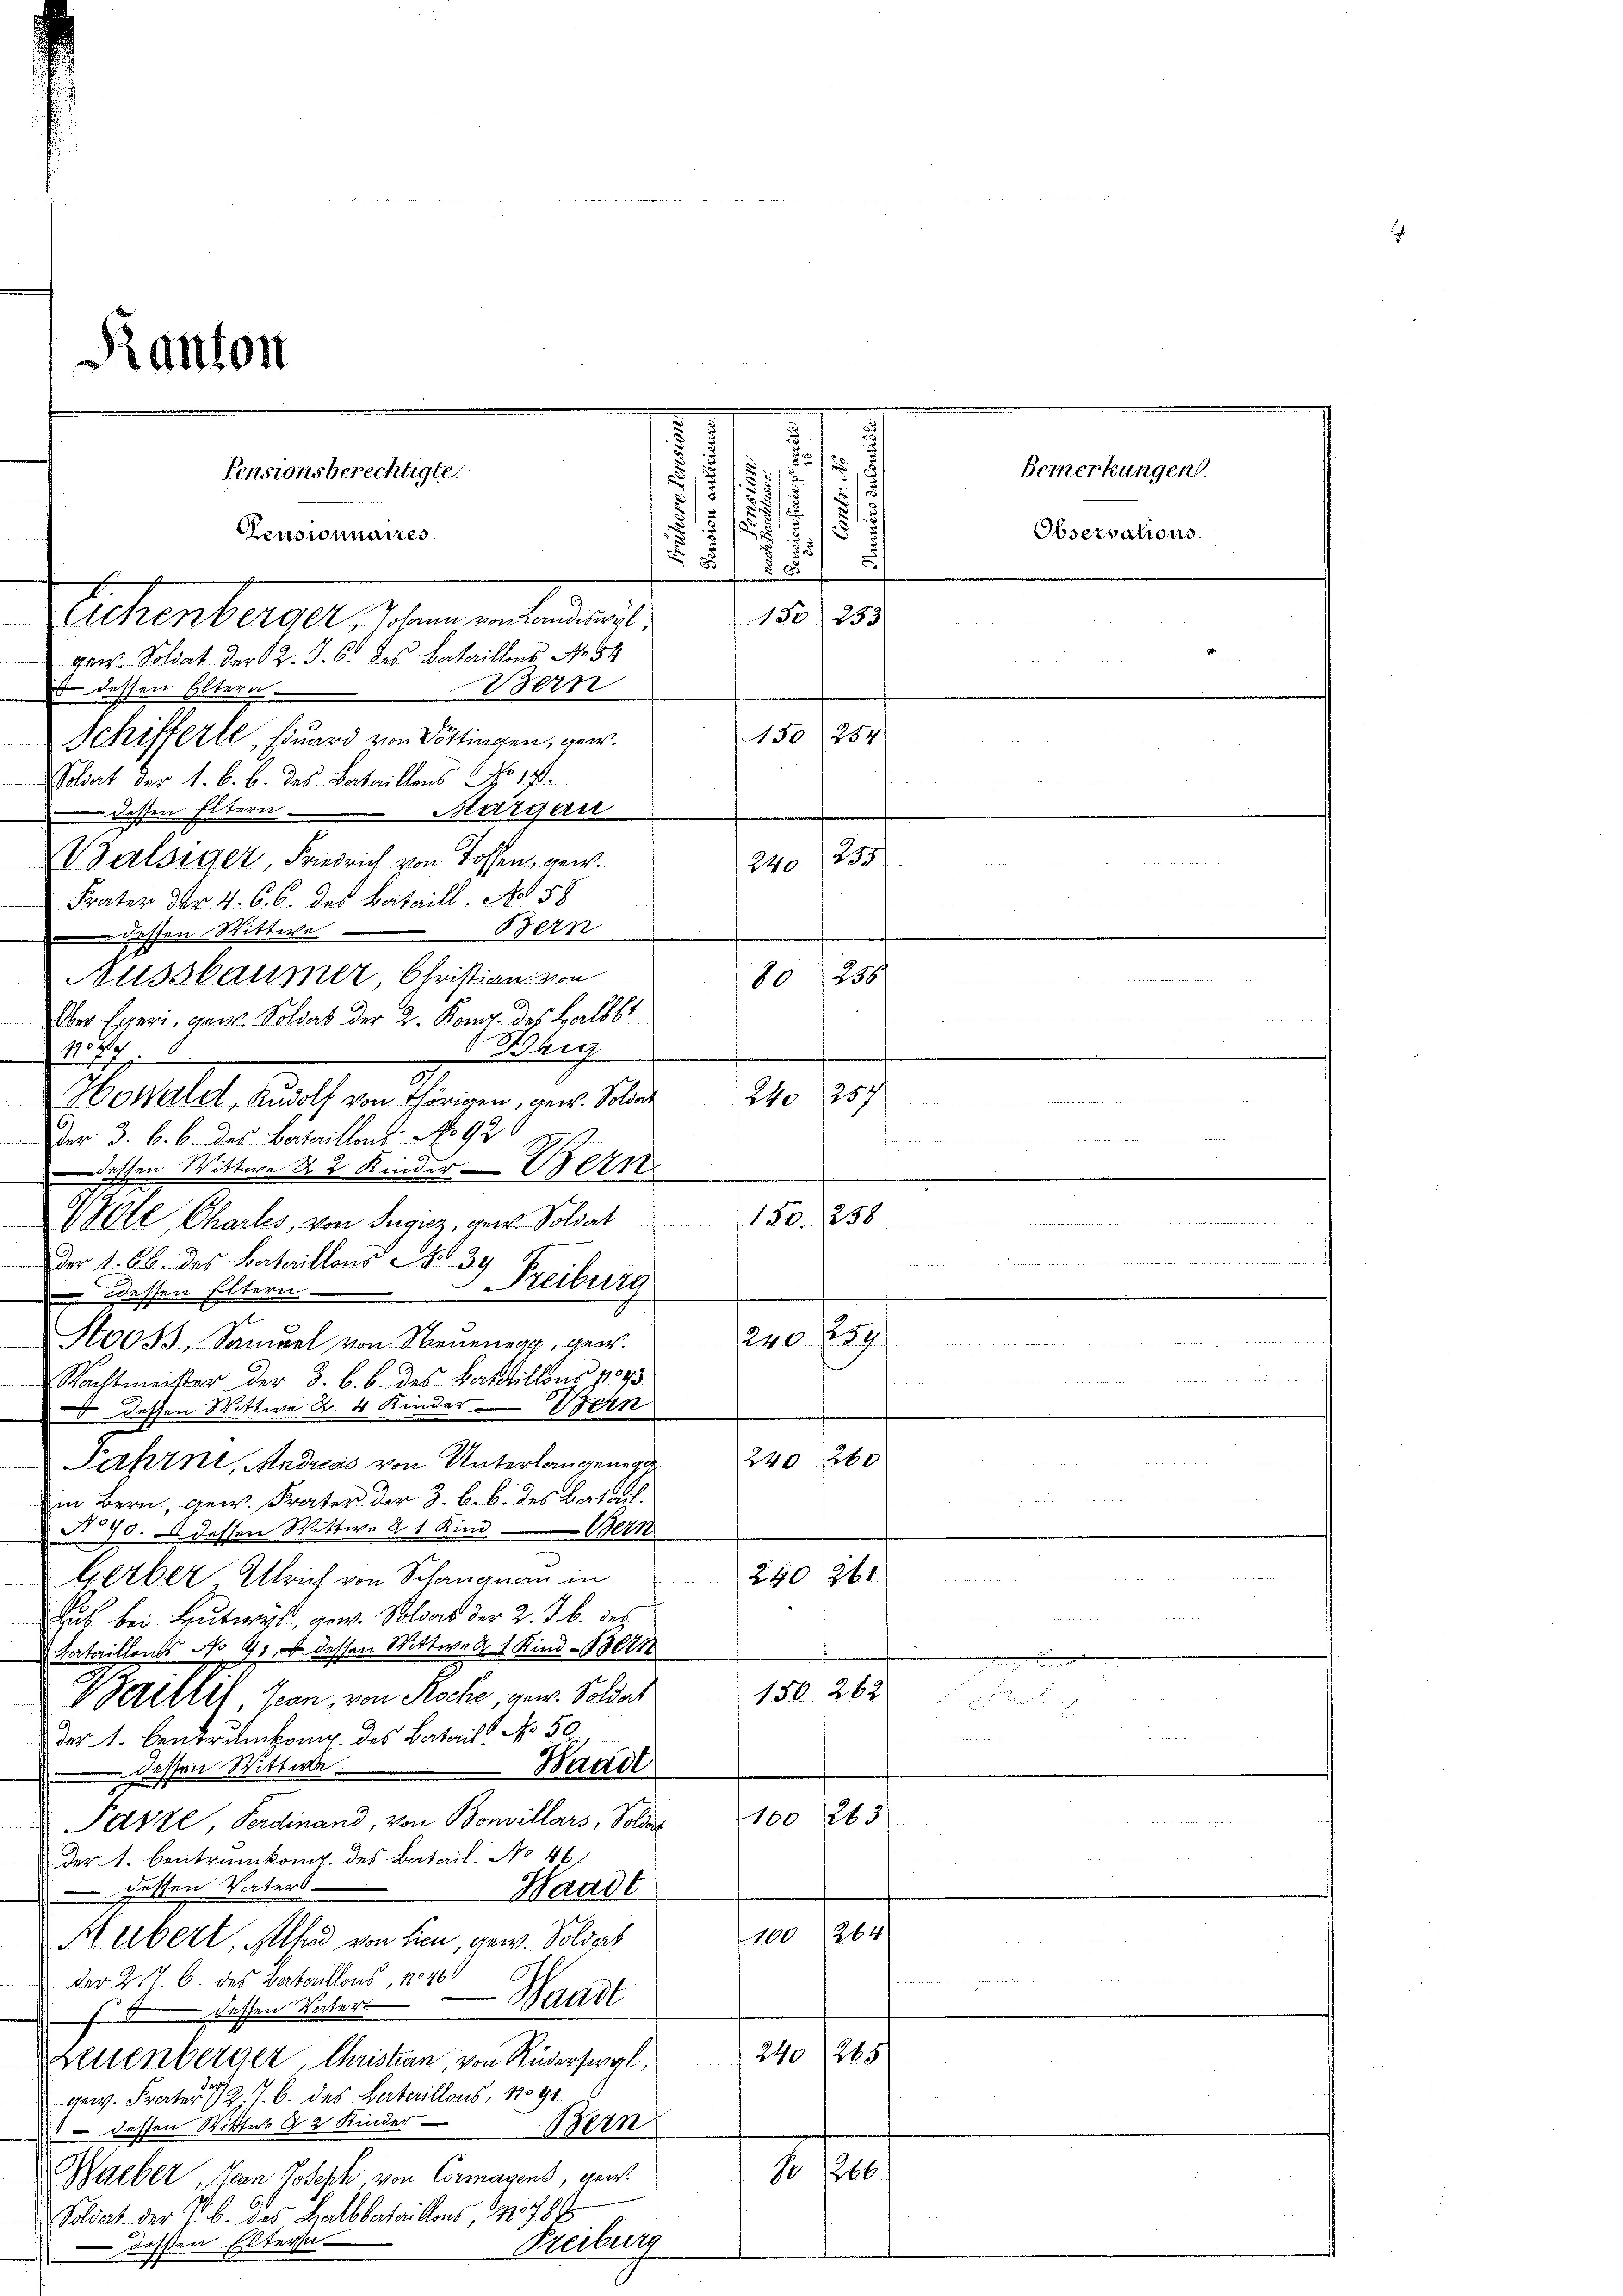
Der 3. b. b. des Bataillons No 92.
detten Wittwe 2 Kindere
WOle Chartes, von Seiz gew. Soldat 150. 258

Der 1. lb. des Bataillons No. 39
Freiburg
ddessen Eltern

Stooss, Samuel von Neuenegg, gew. 240
Nachtmeister der 3. b. b. des Bastillons No 93
 dessen Wittwe R. 4 Kinder Vern
240, 260.
N 228
Fahrni, Andreas von Unterlangenende

m. Bern, gew. Frater der 3. b. b. des Batail¬
No 90. 2 dessen Wittwe 21. Kindern
240 261
Gerber Ulrich von Schauenau in
u
us bei Lutwerk, gew. Soldat der 2. J. b. des
Bataillons No 41, ob dessen Wittwe 1 Kind 1300
150. 262
Baillit, son von Roche, von Soldat

der 1. Centrumkong des Batail No 50
dessen Wittwe.
Baad
100263
Patze, Ferdinand, von Bonvillars, Soldat
der 1. Centrumkomp. des Batail. No 46
geschen Vaters
Waadt
100264
Hubert, Alhad von hien gew. Soldat
un
der 2. 7. 6. des Bataillons, 10460
Waadt
s s dessen Vaters
240 (205
Neuenberger Christian von Rudersergl.
gew. Frater 12 J. b. des Bataillons, 1891
1 dessen Wittwe 2 Kinder Bern
No 1266
Hueber, Jean Joseph von Cormagens, gew
Soldat der s. B. des Halbbataillons, 10788
Freiburg
dessen Eltern-
1

B in den werden
Kanton
.
s

Bemerkungen.
Pensionsberechtigte.
u
.
s
s
.
.
2
s
Observations.
Censionnaires.
2 x
2
 7
1 233
Ettenberart 17 ten unterlangt,
gan-Soldat der 2. J. 61 des Vaterillons No 54
 dessen Eltern Bern
150 254
Schifferle, Eduard von Döttingen, gew
Soldat der 1. b. b. des Bataillons NNo. 171.
dessen Eltern Margau
B
VZalsiger, Friedrich von Toffen, gew.
240. 235.
Frater der 4. C. C. des Beitwill. Art. 58

dessen Wittwe Bern
Nussbaumer, Christian von

80 256.
Ober. Egeri, gew. Soldat der 2. Kong. des Halbt
dee die Besti 1872
2
Whi
477
257
  N. 250
240
Howald, Rudolf von Thörigen, gew. Soldat
2

1289.

s
e
n